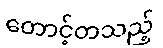
တောင့်တသည့်